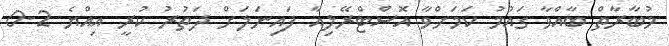
މުބާރާތް ބާއްވާ ގައުމު ކަމަށްވާ އޮސްްޓްރޭލިއާ ފައިނަަލަށް ދަތުރު ކުރީ އިއްޔެ 2-0